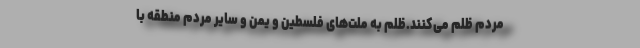
مردم ظلم می‌کنند.ظلم به ملت‌های فلسطین و یمن و سایر مردم منطقه با